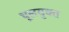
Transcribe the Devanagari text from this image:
धूलयुक्त